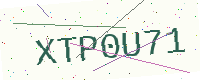
Text: XTP0U71